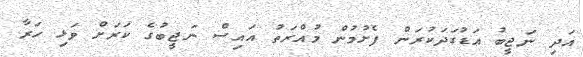
އަދި ނަޖީބު އަޑުގަދަކުރަން ފެށުމުން މުއްރަތު އައިސް ނަޖީބުގެ ކަރަށް ވަޅި ހަރާ